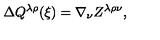
\Delta Q ^ { \lambda \rho } ( \xi ) = \nabla _ { \nu } Z ^ { \lambda \rho \nu } ,